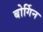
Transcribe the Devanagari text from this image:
बोर्गिन